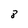
Character: 8